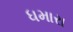
ધમારા